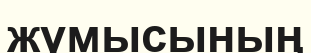
жүмысының